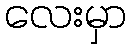
လေးမှာ